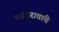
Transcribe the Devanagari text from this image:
वसंतरावांचे